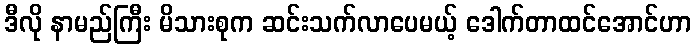
ဒီလို နာမည်ကြီး မိသားစုက ဆင်းသက်လာပေမယ့် ဒေါက်တာထင်အောင်ဟာ